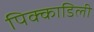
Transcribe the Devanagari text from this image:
पिक्काडिली